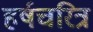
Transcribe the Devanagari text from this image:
हर्षचरित्र